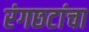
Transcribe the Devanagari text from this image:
रंगछटांचा